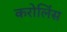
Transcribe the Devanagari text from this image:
करोलिंस